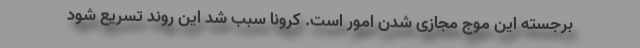
برجسته این موج مجازی شدن امور است. کرونا سبب شد این روند تسریع شود